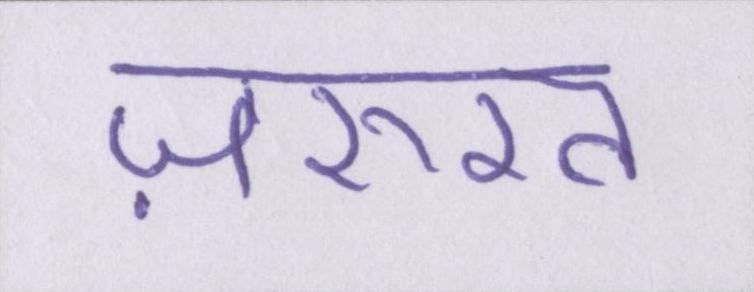
ज़रुरत